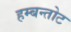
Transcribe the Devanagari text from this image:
हम्बन्तोट